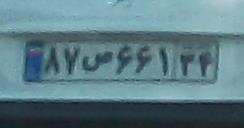
۸۷ص۶۶۱۳۴